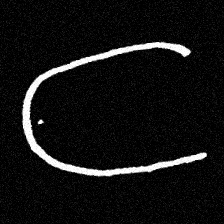
Pyu character \u2014 Myanmar letter: ဋ (romanized: tta)